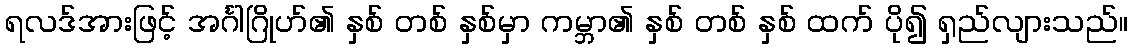
ရလဒ်အားဖြင့် အင်္ဂါဂြိုဟ်၏ နှစ် တစ် နှစ်မှာ ကမ္ဘာ၏ နှစ် တစ် နှစ် ထက် ပို၍ ရှည်လျားသည်။